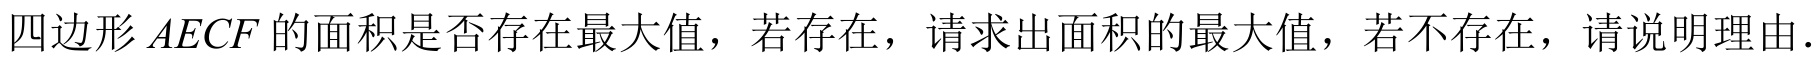
四边形\(AECF\)的面积是否存在最大值，若存在，请求出面积的最大值，若不存在，请说明理由.